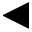
\blacktriangleleft